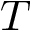
T